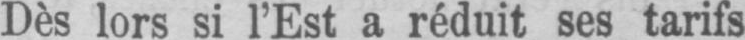
Dès lors si l’Est a réduit ses tarifs